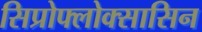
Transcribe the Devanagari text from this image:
सिप्रोफ्लोक्सासिन